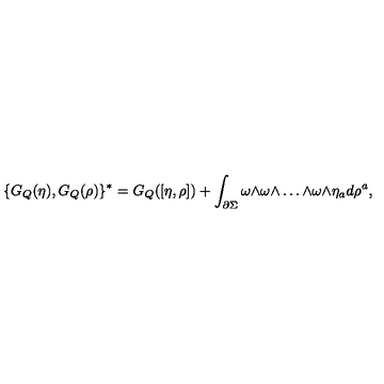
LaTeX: \{ G _ { Q } ( \eta ) , G _ { Q } ( \rho ) \} ^ { * } = G _ { Q } ( [ \eta , \rho ] ) + \int _ { \partial \Sigma } \omega \mathrm { \tiny \wedge } \omega \mathrm { \tiny \wedge } \dots \mathrm { \tiny \wedge } \omega \mathrm { \tiny \wedge } \eta _ { a } d \rho ^ { a } ,